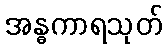
အန္ဓကာရသုတ်